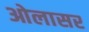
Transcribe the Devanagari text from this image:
ओलासर